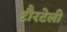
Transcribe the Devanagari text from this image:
टौरटेली